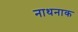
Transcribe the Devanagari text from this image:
नाथनाक